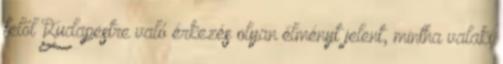
felől Budapestre való érkezés olyan élményt jelent, mintha valaki